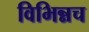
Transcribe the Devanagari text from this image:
विभिन्नच